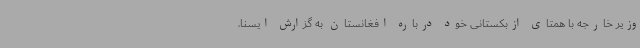
وزیر خارجه با همتای ازبکستانی خود درباره افغانستان به گزارش ایسنا،